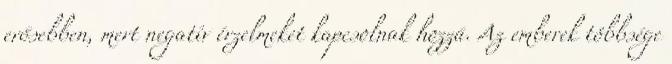
erősebben, mert negatív érzelmeket kapcsolnak hozzá. Az emberek többsége